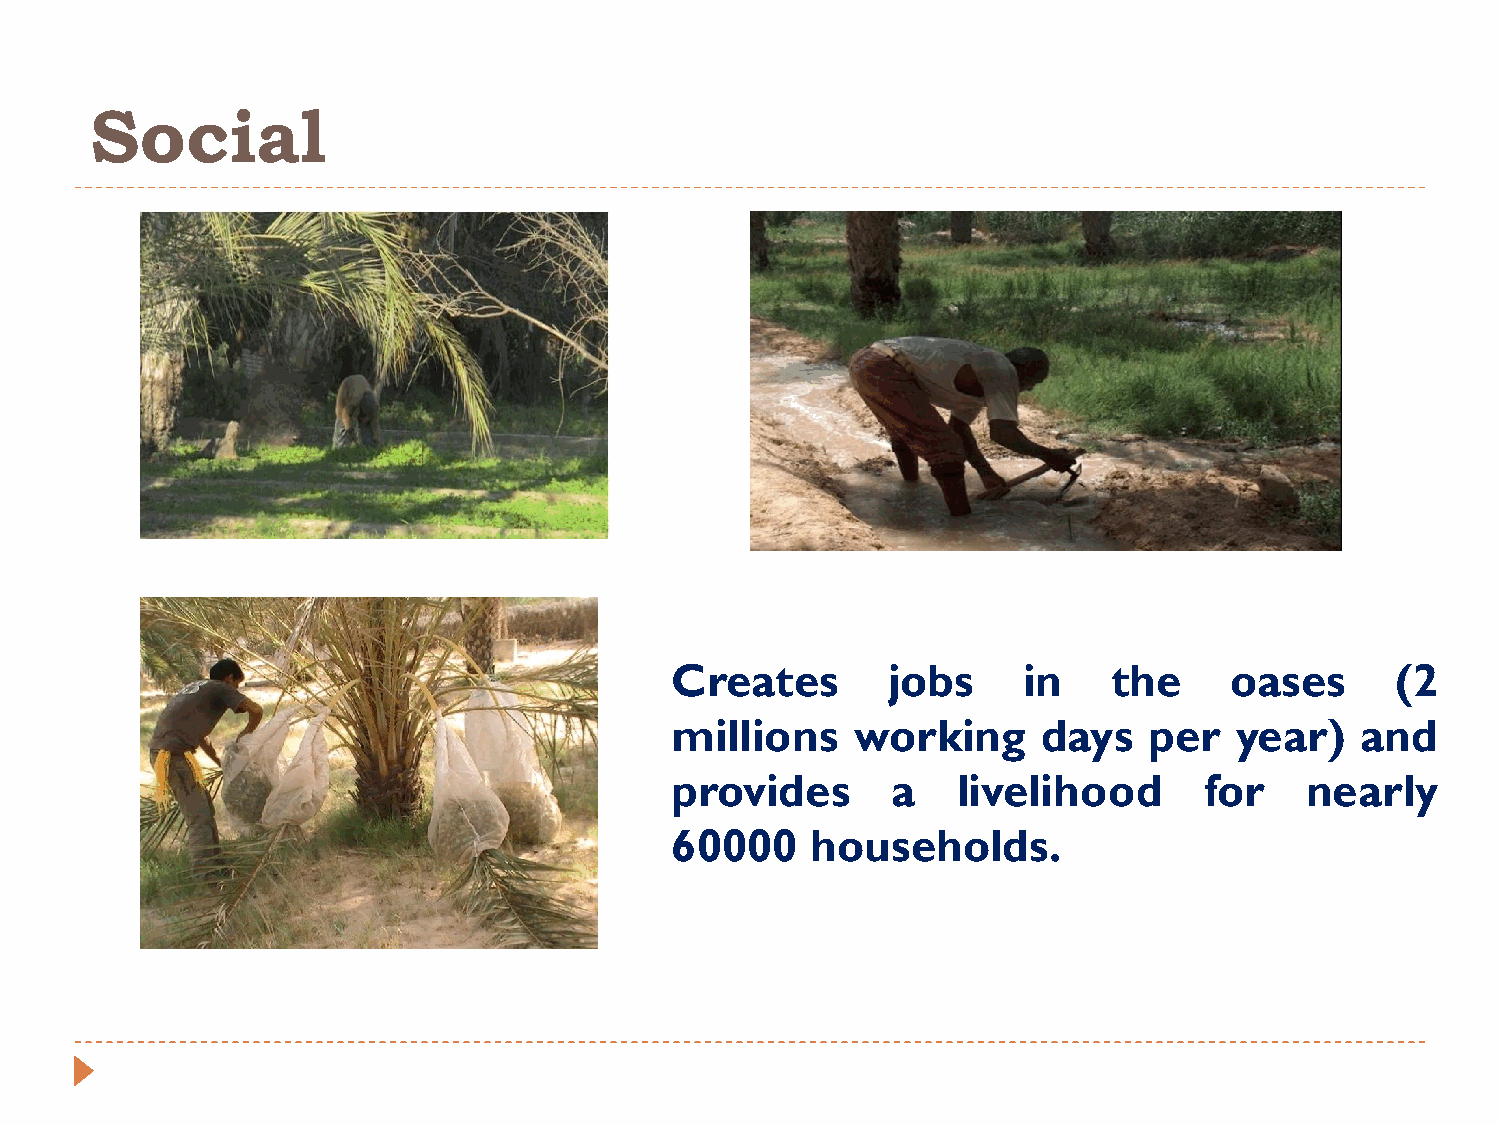
Social
 Creates        jobs     in    the    oases      (2
 millions     working     days   per   year)   and
 provides       a   livelihood       for   nearly
 60000     households.